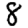
Digit: 8